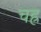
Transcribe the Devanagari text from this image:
चह्र